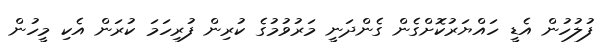
ފުލުހުން އެޑީ ހައްޔަރުކޮށްގެން ގެންދަނީ މަރުވުމުގެ ކުރިން ފުރިހަމަ ކުރަން އެކި މީހުން